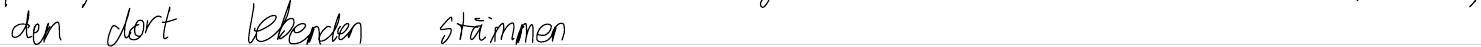
den dort lebenden Stämmen